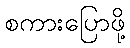
စကားပြောဖို့